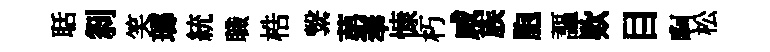
聒𠛴笑瑯統職梏繋苐奉慷朽咸族胞謳欵目啊松